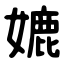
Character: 㜙